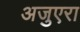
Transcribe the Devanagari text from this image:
अजुएरा